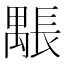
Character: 𨲖